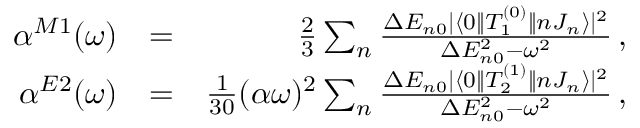
\begin{array} { r l r } { \alpha ^ { M 1 } ( \omega ) } & { = } & { \frac { 2 } { 3 } \sum _ { n } \frac { \Delta E _ { n 0 } | \langle 0 \| T _ { 1 } ^ { ( 0 ) } \| n J _ { n } \rangle | ^ { 2 } } { \Delta E _ { n 0 } ^ { 2 } - \omega ^ { 2 } } \, , } \\ { \alpha ^ { E 2 } ( \omega ) } & { = } & { \frac { 1 } { 3 0 } ( \alpha \omega ) ^ { 2 } \sum _ { n } \frac { \Delta E _ { n 0 } | \langle 0 \| T _ { 2 } ^ { ( 1 ) } \| n J _ { n } \rangle | ^ { 2 } } { \Delta E _ { n 0 } ^ { 2 } - \omega ^ { 2 } } \, , } \end{array}